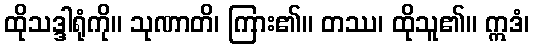
ထိုသဒ္ဒါရုံကို။ သုဏာတိ၊ ကြား၏။ တဿ၊ ထိုသူ၏။ ဣဒံ၊